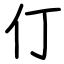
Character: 仃